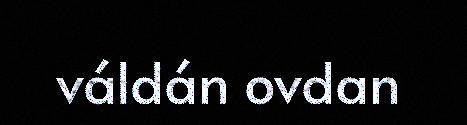
váldán ovdan